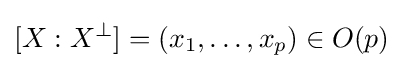
[X:X^{\perp }]=(x_{1},\dots ,x_{p})\in O(p)